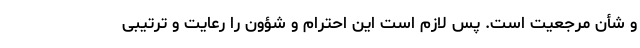
و شأن مرجعیت است. پس لازم است این احترام و شؤون را رعایت و ترتیبی